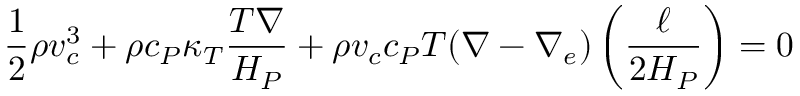
{ \frac { 1 } { 2 } } \rho v _ { c } ^ { 3 } + \rho c _ { P } \kappa _ { T } { \frac { T \nabla } { H _ { P } } } + \rho v _ { c } c _ { P } T ( \nabla - \nabla _ { e } ) \left( { \frac { \ell } { 2 H _ { P } } } \right) = 0